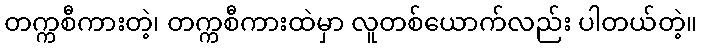
တက္ကစီကားတဲ့၊ တက္ကစီကားထဲမှာ လူတစ်ယောက်လည်း ပါတယ်တဲ့။